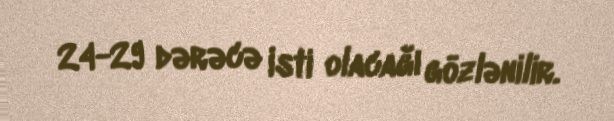
24-29 dərəcə isti olacağı gözlənilir.